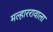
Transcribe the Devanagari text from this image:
मल्हाररावाला